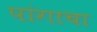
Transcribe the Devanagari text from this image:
पांगाचा